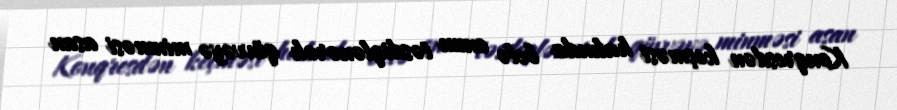
Konqresdən keçməsi halında belə onun təsdiqlənərək qüvvəyə minməsi asan